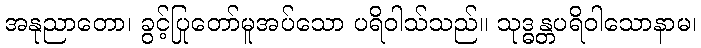
အနုညာတော၊ ခွင့်ပြုတော်မူအပ်သော ပရိဝါသ်သည်။ သုဒ္ဓန္တပရိဝါသောနာမ၊